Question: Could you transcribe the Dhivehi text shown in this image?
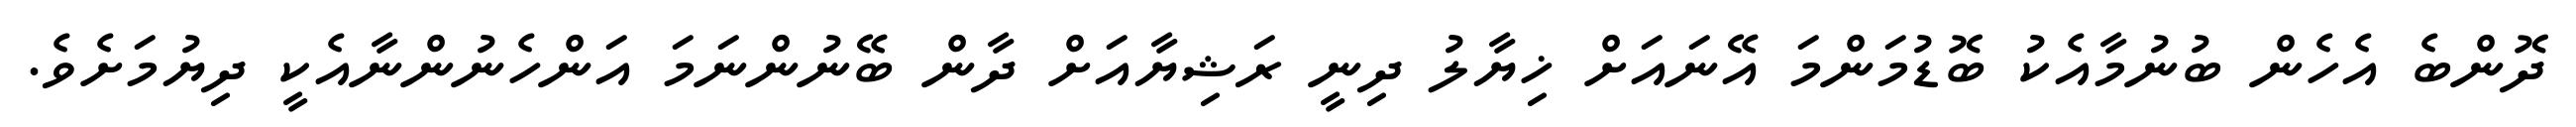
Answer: ދޮންބެ އެހެން ބުނުމާއެކު ބޮޑުމަންމަ އޭނައަށް ޚިޔާލު ދިނީ ރަޝިޔާއަށް ދާން ބޭނުންނަމަ އަންހެނުންނާއެކީ ދިޔުމަށެވެ.